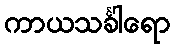
ကာယသင်္ခါရော